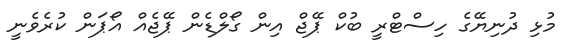
މުޅި ދުނިޔޭގެ ހިސްޓްރީ ބުކް ޕޭޖް އިން ގޯލްޑެން ޕޭޖެއް އޯޕަން ކުރެވެނީ